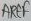
Text: AREF